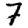
Digit: 7